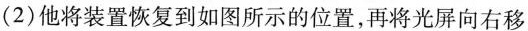
（2）他将装置恢复到如图所示的位置，再将光屏向右移